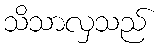
သိသာလှသည်